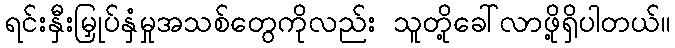
ရင်းနှီးမြှုပ်နှံမှုအသစ်တွေကိုလည်း သူတို့ခေါ်လာဖို့ရှိပါတယ်။